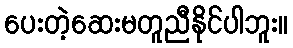
ပေးတဲ့ဆေးမတူညီနိုင်ပါဘူး။